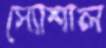
স্যোশাল